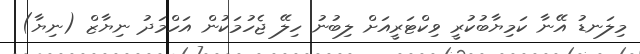
މިލަނޑު އޭނާ ކަމިޔާބުކުރީ ވިކްޓަރީއަށް ލިބުނު ހިލޭ ޖެހުމަކުން އަހްމަދު ނިޔާޒް (ނިޔާ)